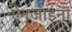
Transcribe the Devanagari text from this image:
ऐन्‌जाइना